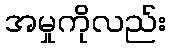
အမှုကိုလည်း